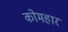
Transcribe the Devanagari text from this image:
कोमहार